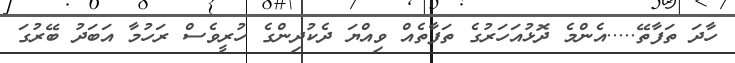
ހާދަ ތަފާތޭ.....އެންމެ ދޮޅުއަހަރުގެ ތަފާތެއް ވިއްޔަ ދެކުދިންގެ ހުރީވެސް ރަހުމާ އަބަދު ބޭރުގަ